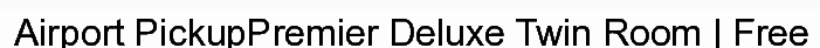
Airport PickupPremier Deluxe Twin Room | Free